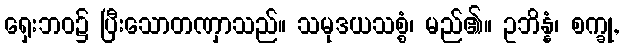
ရှေးဘဝ၌ ပြီးသောတဏှာသည်။ သမုဒယသစ္စံ၊ မည်၏။ ဥဘိန္နံ၊ စက္ခု,